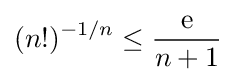
(n!)^{-1/n}\leq {\frac {\mathrm {e} }{n+1}}